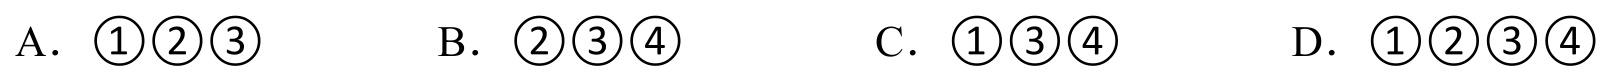
A．$\textcircled{1}\textcircled{2}\textcircled{3}$  B．$\textcircled{2}\textcircled{3}\textcircled{4}$  C．$\textcircled{1}\textcircled{3}\textcircled{4}$  D．$\textcircled{1}\textcircled{2}\textcircled{3}\textcircled{4}$